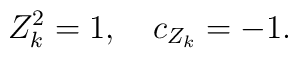
Z^{2}_{k}=1,\quad c_{Z_{k}}=-1  .